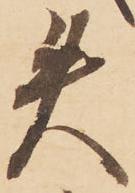
失